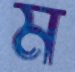
ম